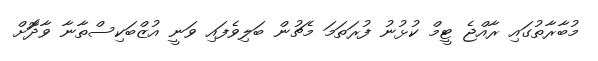
މުބާރާތުގައި ރާއްޖެ ޓީމް ކުޅުނު ފުރަތަމަ މެޗުން ބަލިވެފައި ވަނީ އުޒްބަކިސްތާނާ ވާދަޮށް